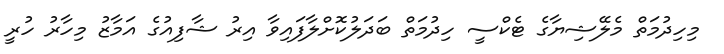
މިހިދުމަތް މެލޭޝިޔާގެ ޓެކްސީ ހިދުމަތް ބަދަލުކޮށްލާފައިވާ އިރު ޝާފިއުގެ އަމާޒު މިހާރު ހުރީ